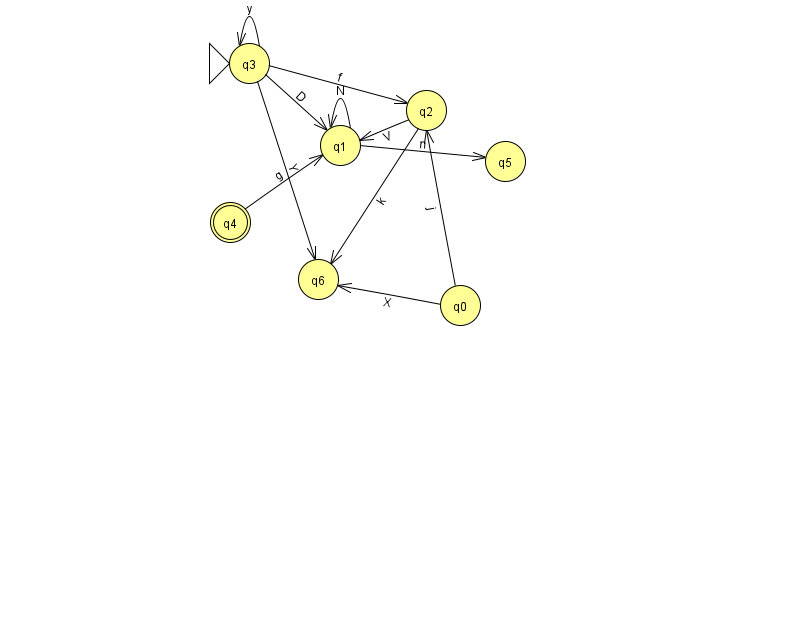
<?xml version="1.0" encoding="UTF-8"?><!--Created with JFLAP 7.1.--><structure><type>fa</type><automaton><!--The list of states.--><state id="0" name="q0"><x>460.0</x><y>292.0</y></state><state id="1" name="q1"><x>340.0</x><y>132.0</y></state><state id="2" name="q2"><x>426.0</x><y>97.0</y></state><state id="3" name="q3"><x>249.0</x><y>50.0</y><initial/></state><state id="4" name="q4"><x>230.0</x><y>209.0</y><final/></state><state id="5" name="q5"><x>505.0</x><y>148.0</y></state><state id="6" name="q6"><x>318.0</x><y>266.0</y></state><!--The list of transitions.--><transition><from>0</from><to>6</to><read>X</read></transition><transition><from>0</from><to>2</to><read>j</read></transition><transition><from>3</from><to>2</to><read>f</read></transition><transition><from>1</from><to>5</to><read>n</read></transition><transition><from>3</from><to>3</to><read>y</read></transition><transition><from>2</from><to>1</to><read>V</read></transition><transition><from>2</from><to>6</to><read>k</read></transition><transition><from>4</from><to>1</to><read>g</read></transition><transition><from>1</from><to>1</to><read>N</read></transition><transition><from>3</from><to>6</to><read>Y</read></transition><transition><from>3</from><to>1</to><read>D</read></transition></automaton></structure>